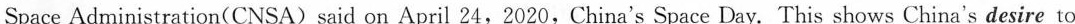
Space Administration(CNSA) said on April 24,2020,China's Space Day. This shows China's desire to